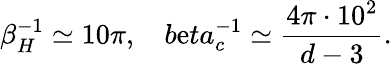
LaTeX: \beta_{H}^{-1}\simeq10\pi,\ \ \ \, b\mathrm{e}ta_{c}^{-1}\simeq\frac{{4\pi\cdot10^{2}}}{{d-3}}.